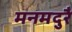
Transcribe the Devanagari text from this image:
मनमदुरै